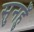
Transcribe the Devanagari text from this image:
सुनहुँ